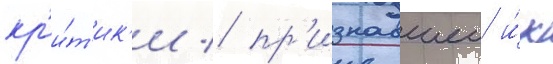
кр'и́т'ик'и / пр'изнавшеи и́х